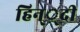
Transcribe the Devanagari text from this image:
हिन््दी